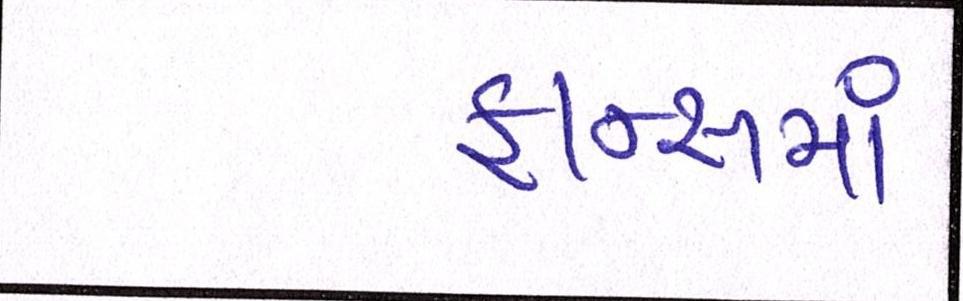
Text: ફ્રાન્સમાં